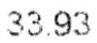
33.93